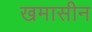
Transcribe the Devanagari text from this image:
खमासीन